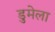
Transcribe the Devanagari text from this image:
डुमेला